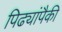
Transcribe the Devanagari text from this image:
पिढ्यांपैकी